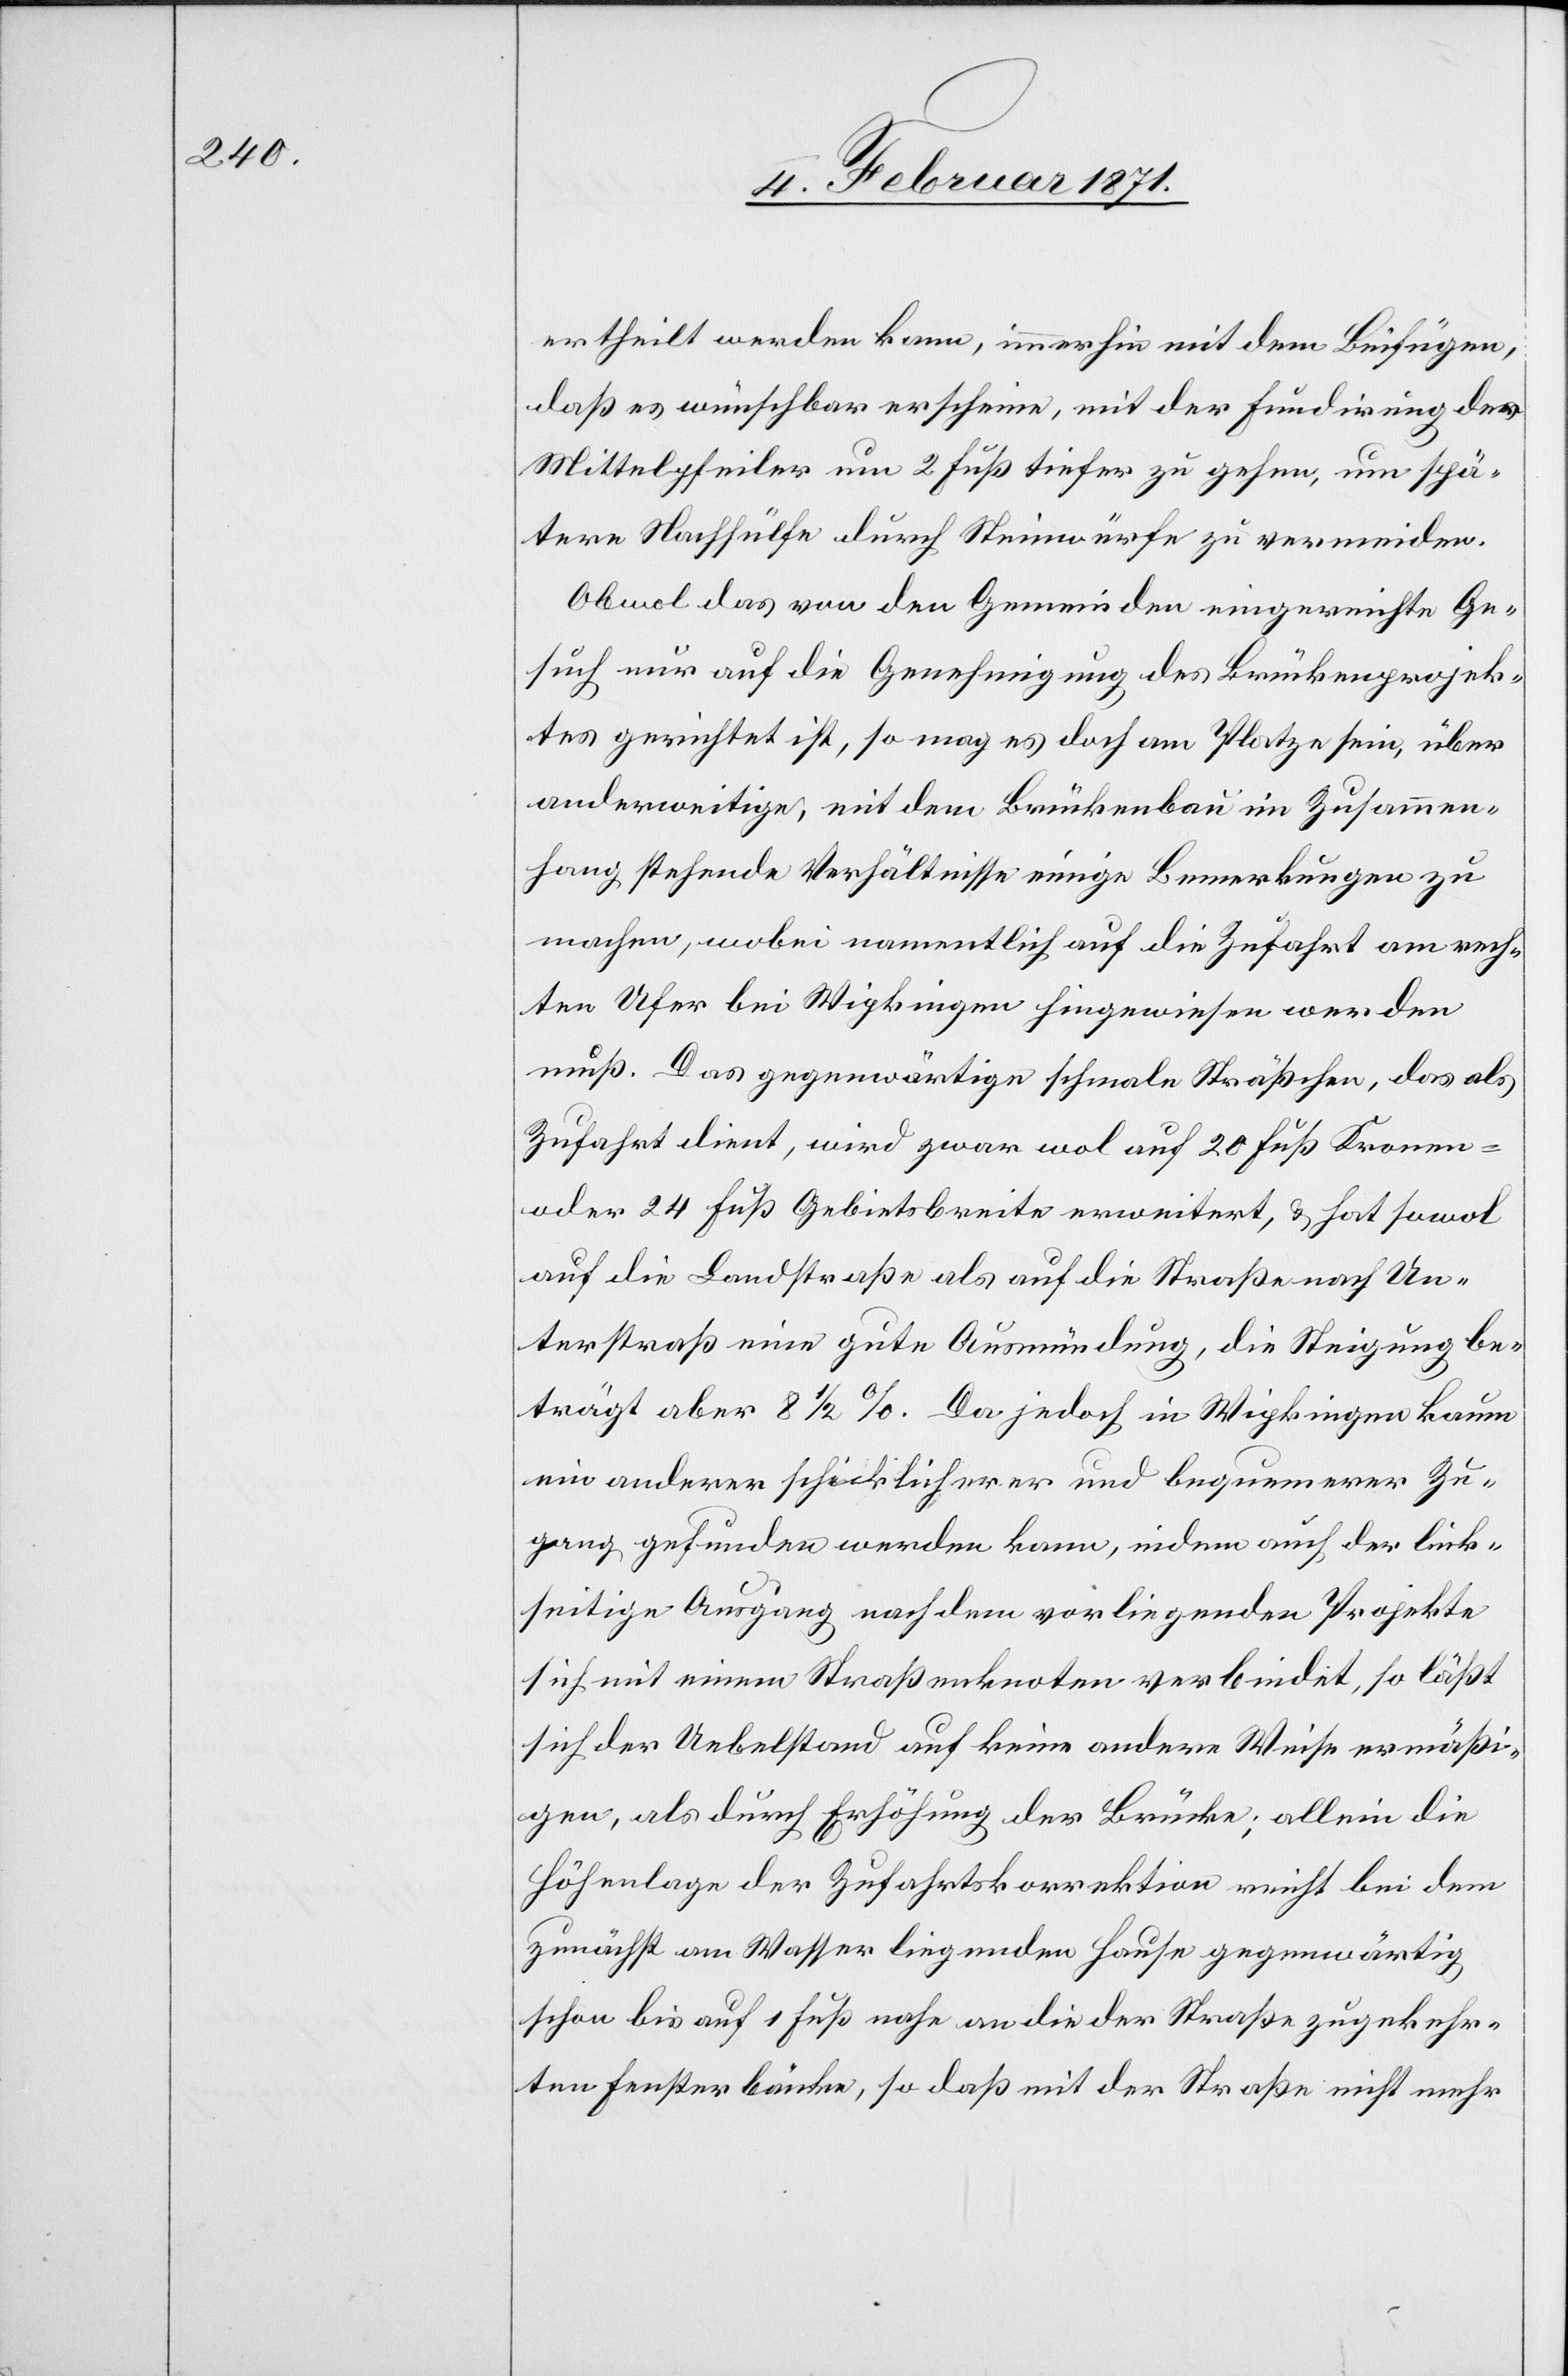
ertheilt werden kann, immerhin mit dem Beifügen,
daß es wünschbar erscheine, mit der Fundirung der
Mittelpfeiler um 2 Fuß tiefer zu gehen, um spä¬
tere Nachhülfe durch Steinwürfe zu vermeiden.
Obwol das von den Gemeinden eingereichte Ge¬
such nur auf die Genehmigung des Brückenprojek¬
tes gerichtet ist, so mag es doch am Platze sein, über
anderweitige, mit dem Brückenbau im Zusammen¬
hang stehende Verhältnisse einige Bemerkungen zu
machen, wobei namentlich auf die Zufahrt am rech¬
ten Ufer bei Wipkingen hingewiesen werden
muß. Das gegenwärtige schmale Sträßchen, das als
Zufahrt dient, wird zwar wol auf 20 Fuß Krone-
oder 24 Fuß Gebietsbreite erweitert, u. hat sowol
auf die Landstraße als auf die Straße nach Un¬
terstraß eine gute Ausmündung, die Steigung be¬
trägt aber 8 ½ %. Da jedoch in Wipkingen kaum
ein anderer schicklicherer und bequemerer Zu¬
gang gefunden werden kann, indem auch der link¬
seitige Ausgang nach dem vorliegenden Projekte
sich mit einem Straßenknoten verbindet, so läßt
sich der Uebelstand auf keine andere Weise ermäßi¬
gen, als durch Erhöhung der Brücke; allein die
Höhenlage der Zufahrtskorrektion reicht bei dem
zunächst am Wasser liegenden Hause gegenwärtig
schon bis auf 1 Fuß nahe an die der Straße zugekehr¬
ten Fensterbänke, so daß mit der Straße nicht mehr